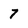
Character: 7